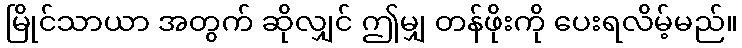
မြိုင်သာယာ အတွက် ဆိုလျှင် ဤမျှ တန်ဖိုးကို ပေးရလိမ့်မည်။